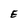
Character: E